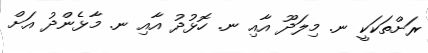
ރަށްތަކަކީ ނ. މިލަދޫ އާއި ނ. ހޮޅުދު އާއި ނ. މާޅެންދު އަށް